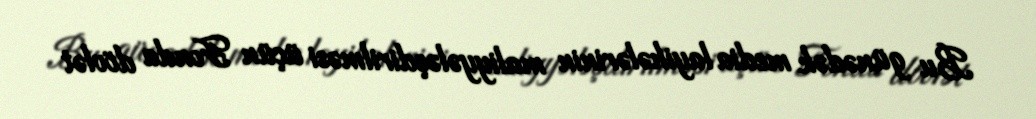
Bu günədək media layihələrinin maliyyələşdirilməsi üçün Fonda dövlət